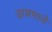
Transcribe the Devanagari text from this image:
तायमाने